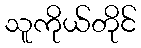
သူကိုယ်တိုင်